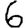
Digit: 6